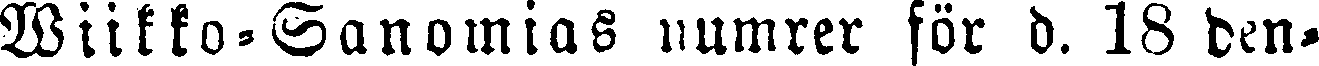
Wiikko-Sanomias numrer för d. 18 den-